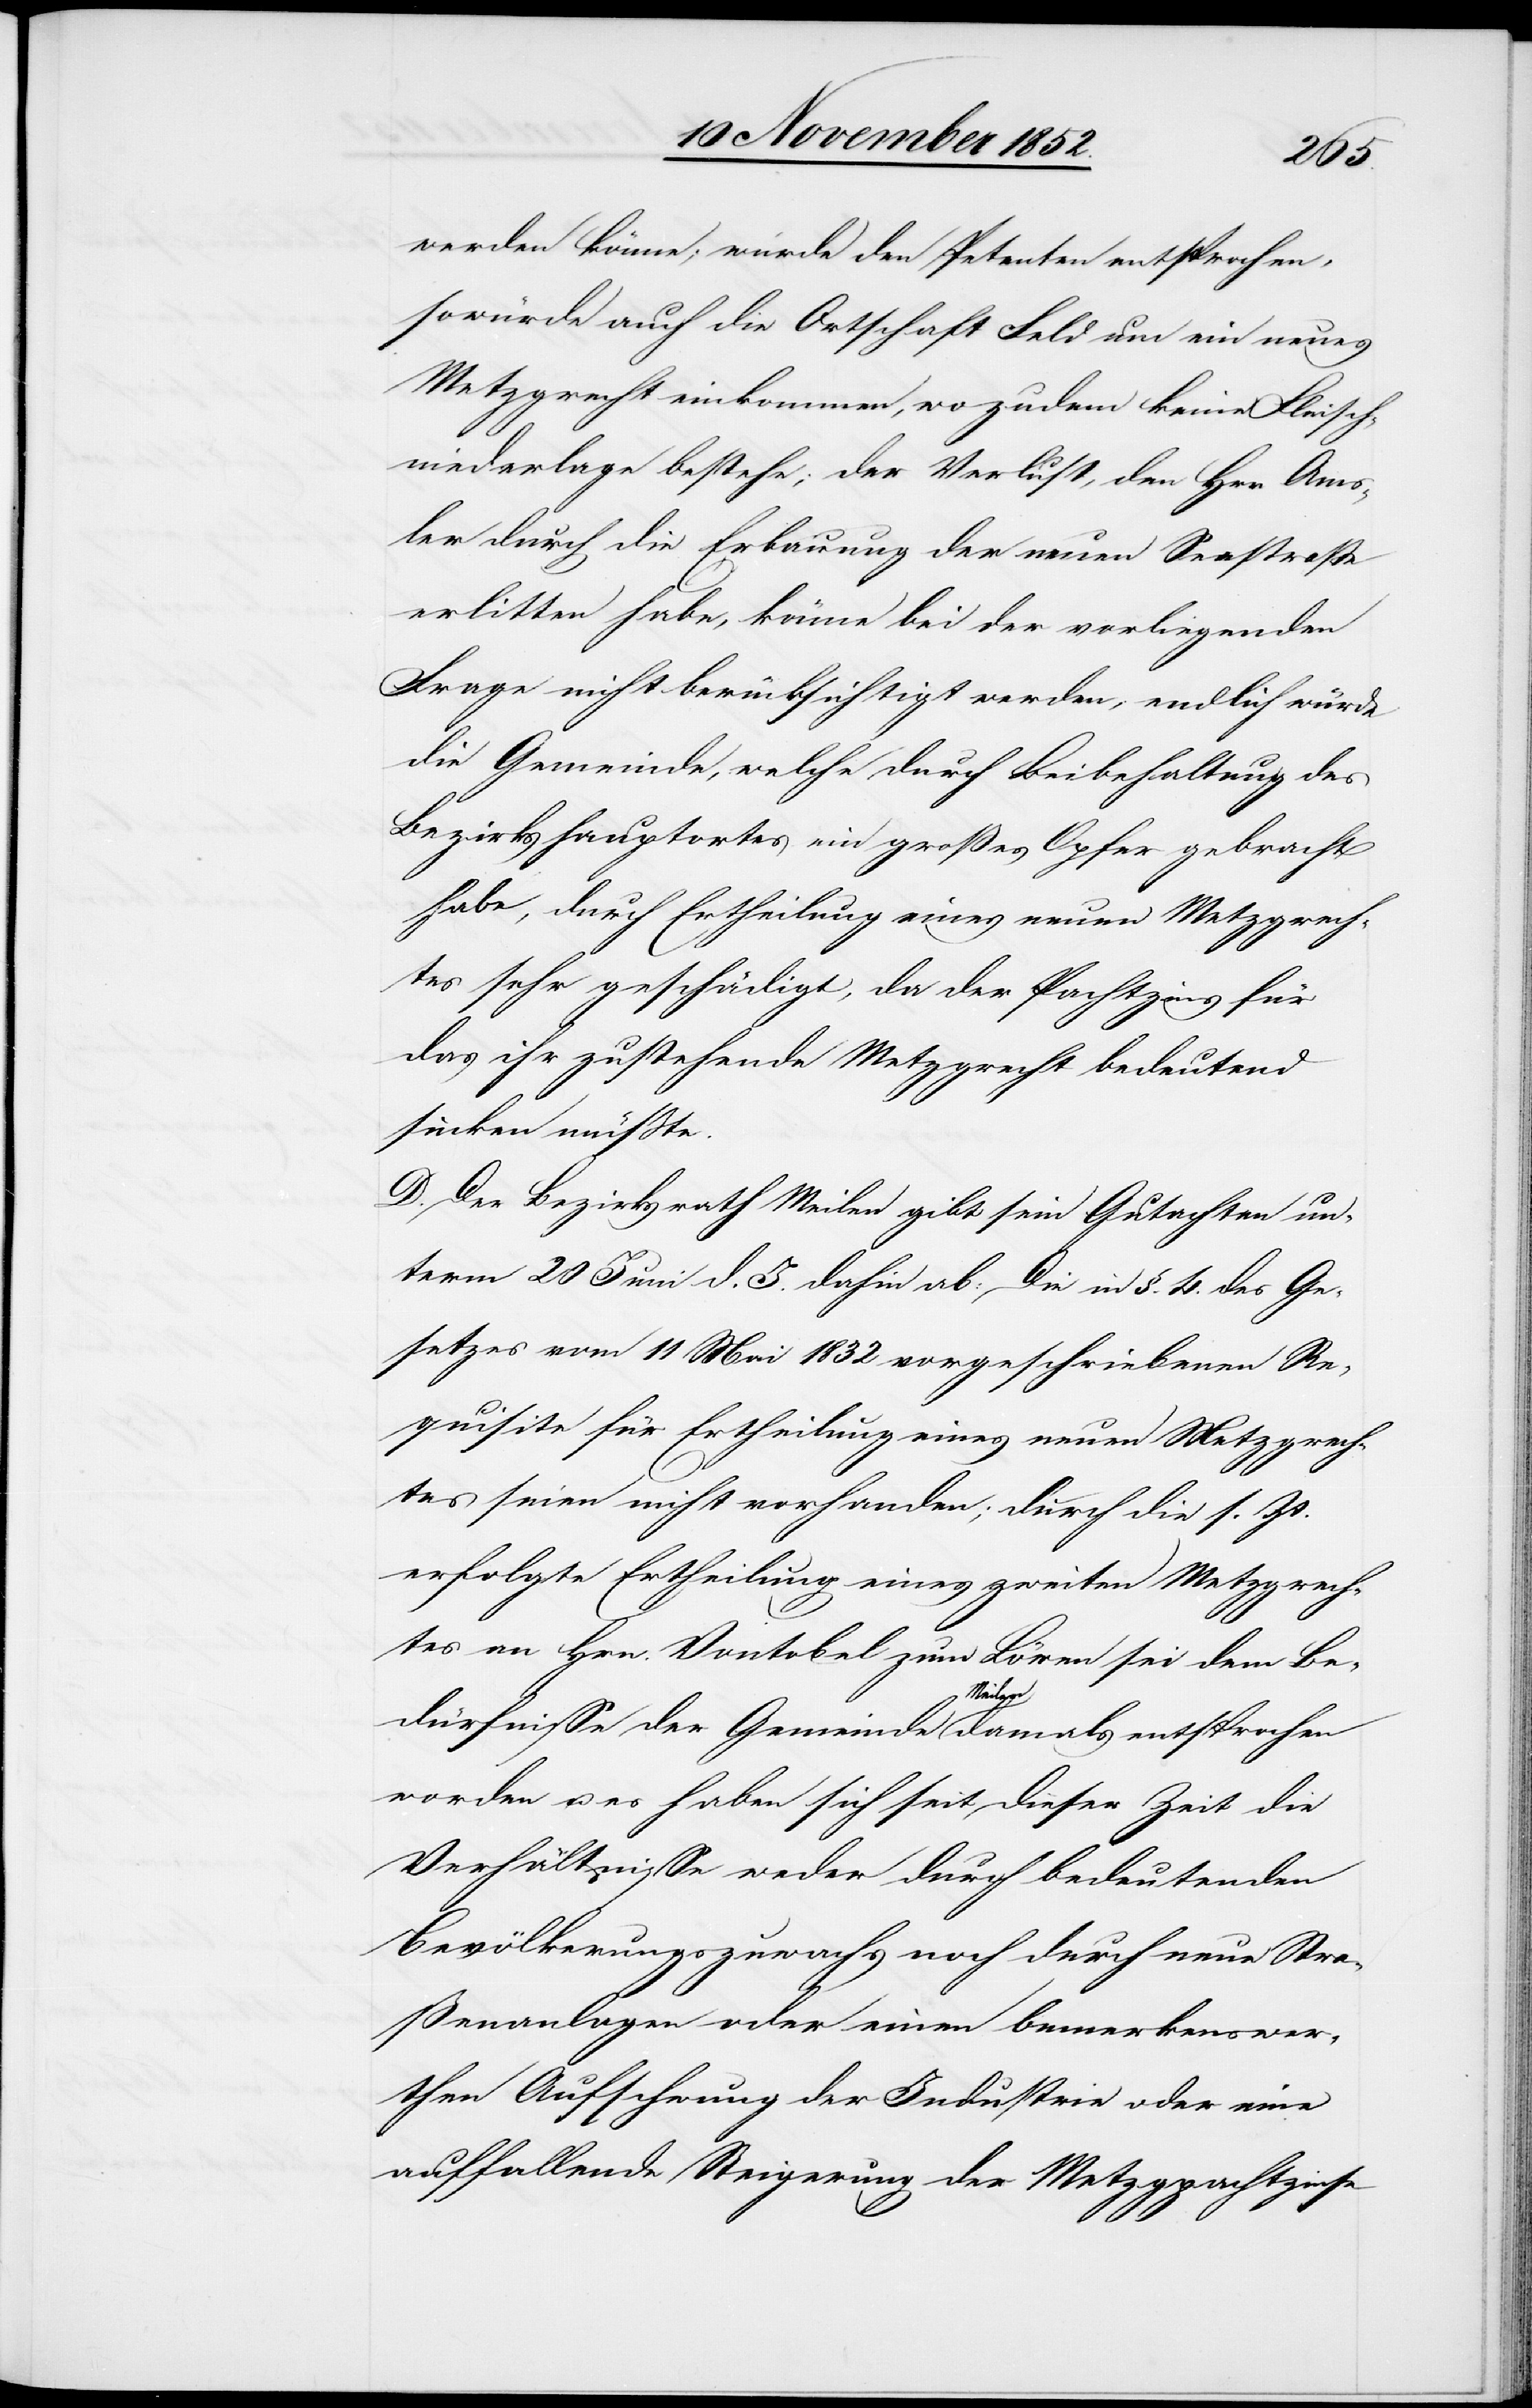
werden könne; würde den Petenten entsprochen,
so würde auch die Ortschaft Feld um ein neues
Metzgrecht einkommen, wo zudem keine Fleisch¬
niederlage bestehe; der Verlust, den H[e]rr Ams¬
ler durch die Erbauung der neuen Seestraße
erlitten habe, könne bei der vorliegenden
Frage nicht berücksichtigt werden, endlich würde
die Gemeinde, welche durch Beibehaltung des
Bezirkshauptortes ein großes Opfer gebracht
habe, durch Ertheilung eines neuen Metzgrech¬
tes sehr geschädigt, da der Pachtzins für
das ihr zustehende Metzgrecht bedeutend
sinken müßte.
D. Der Bezirksrath Meilen gibt sein Gutachten un¬
term 20 Juni d. J. dahin ab: Die in §. 4. des Ge¬
setzes vom 11 Mai 1832 vorgeschriebenen Re¬
quisite für Ertheilung eines neuen Metzgrech¬
tes seien nicht vorhanden; durch die s. Zt.
erfolgte Ertheilung eines zweiten Metzgrech¬
tes an Hrn. Vontobel zum Löwen sei dem Be¬
dürfnisse der Gemeinde Meilen damals entsprochen
worden u. es haben sich seit dieser Zeit die
Verhältnisse weder durch bedeutenden
Bevölkerungszuwachs noch durch neue Stra¬
ßenanlagen oder einen bemerkenswer¬
then Aufschwung der Industrie oder eine
auffallende Steigerung der Metzgpachtzinse